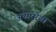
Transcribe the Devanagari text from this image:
अधाररेखा